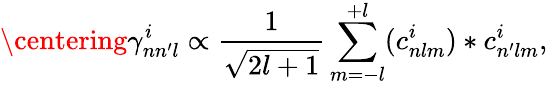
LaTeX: \centering\gamma_{nn^{\prime}l}^{i}\propto\frac{1}{\sqrt{2l+1}}\sum_{m=-l}^{+l}(c_{nlm}^{i})*c_{n^{\prime}lm}^{i},